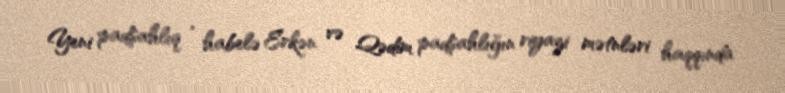
Yeni padşahlıq , habelə Erkən və Qədim padşahlığın riyazi mətnləri haqqında